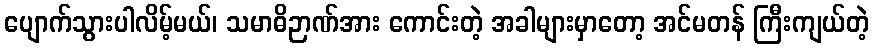
ပျောက်သွားပါလိမ့်မယ်၊ သမာဓိဉာဏ်အား ကောင်းတဲ့ အခါများမှာတော့ အင်မတန် ကြီးကျယ်တဲ့